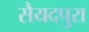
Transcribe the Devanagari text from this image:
सैयदपुरा